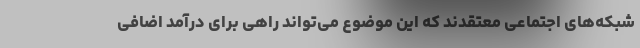
شبکه‌های اجتماعی معتقدند که این موضوع می‌تواند راهی برای درآمد اضافی